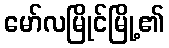
မော်လမြိုင်မြို့၏